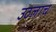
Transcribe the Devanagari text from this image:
उठलाच